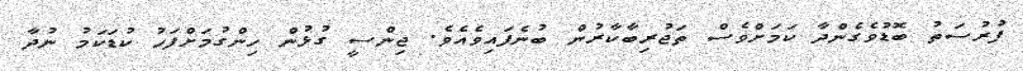
ފުރުސަތު ބޮޑުވެގެންދާ ކަމަށްވެސް ތަޖުރިބާކާރުން ބުނެފައިވެއެވެ. ޖިންސީ ގުޅުން ހިންގުމަށްފަހު ކުޑަކަމު ނުދާ